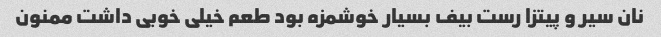
نان سیر و پیتزا رست بیف بسیار خوشمزه بود طعم خیلی خوبی داشت ممنون